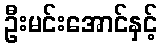
ဦးမင်းအောင်နှင့်